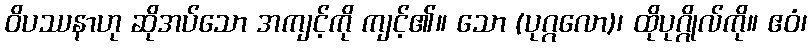
ဝိပဿနာဟု ဆိုအပ်သော အကျင့်ကို ကျင့်၏။ သော (ပုဂ္ဂလော)၊ ထိုပုဂ္ဂိုလ်ကို။ ဧဝံ၊